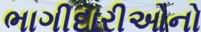
ભાગીદારીઓનો